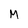
Character: M